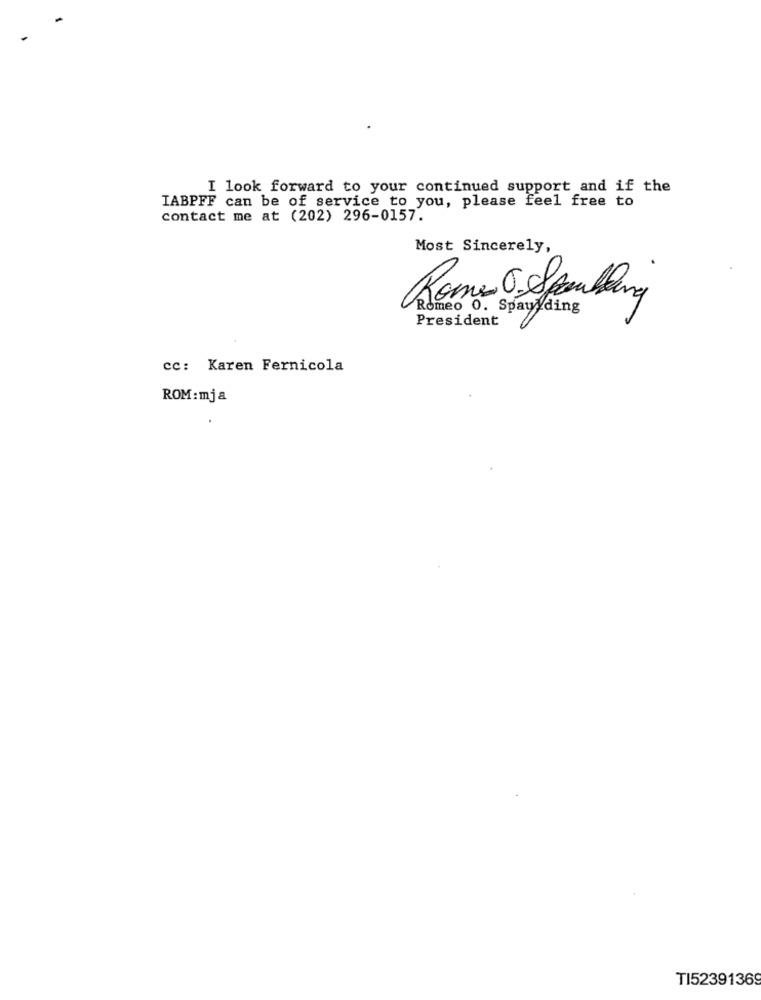
I look forward to your continued support and if the
IABPFF can be of service to you, please feel free to
contact me at (202) 296-0157.
Most Sincerely,
President
cc: Karen Fernicola
ROM: mja
TI52391369